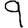
Digit: 9